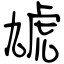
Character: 虓